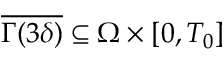
\overline { { \Gamma ( 3 \delta ) } } \subseteq \Omega \times [ 0 , T _ { 0 } ]